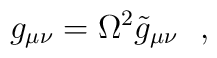
g_{\mu \nu}=\Omega^2 \tilde g_{\mu \nu}        \ \ ,